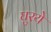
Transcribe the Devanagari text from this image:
घुरये